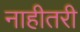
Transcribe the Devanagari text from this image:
नाहीतरी